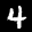
Label: 4